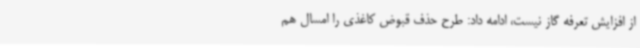
از افزایش تعرفه گاز نیست، ادامه داد: طرح حذف قبوض کاغذی را امسال هم